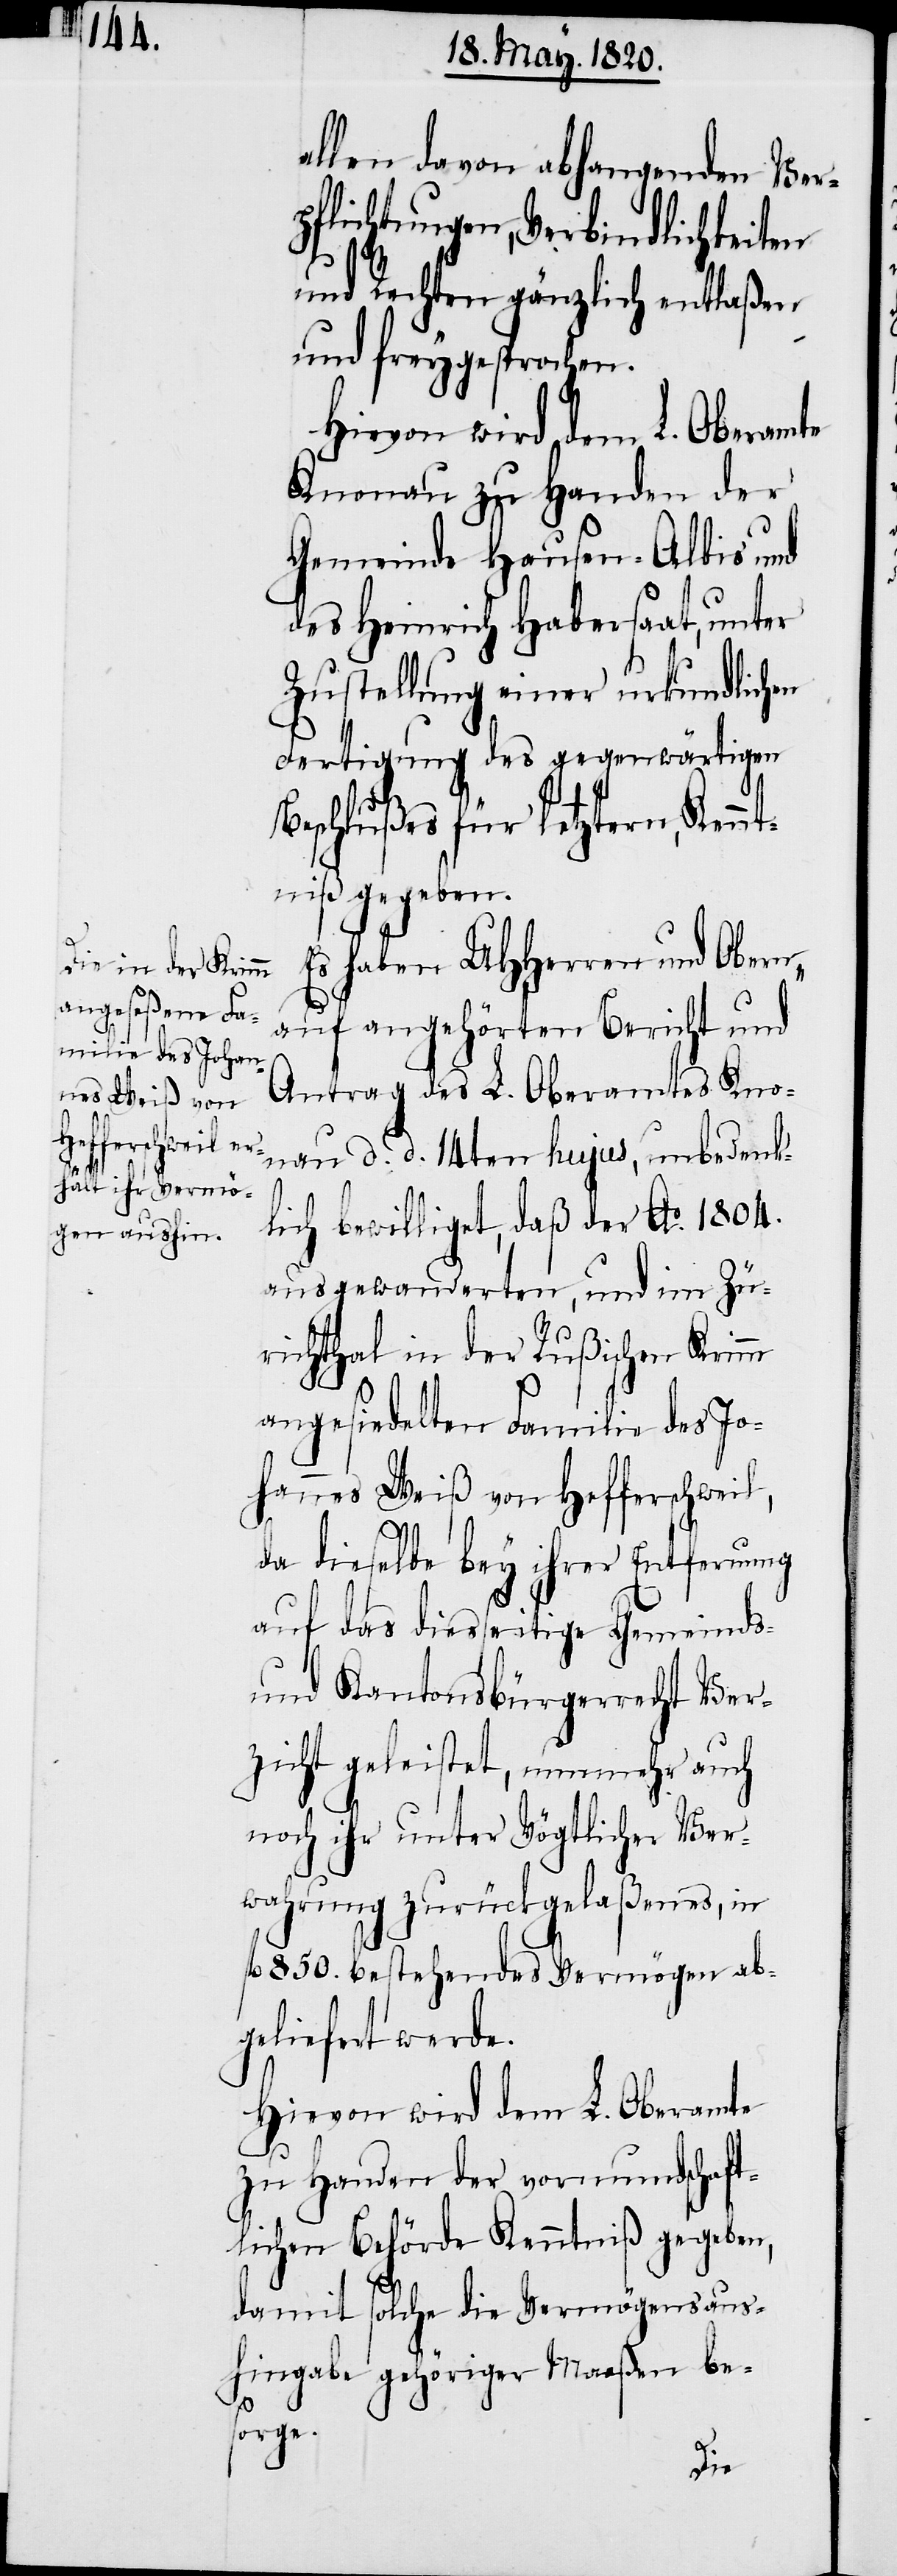
allen davon abhangenden Ver¬
pflichtungen, Verbindlichkeiten
und Rechten gänzlich entlaßen
und freygesprochen.
Hievon wird dem L. Oberamte
Knonau zu Handen der
Gemeinde Hausen-Albis und
des Heinrich Habersaat, unter
Zustellung einer urkundlichen
Fertigung des gegenwärtigen
Beschlußes für letztern, Kenn¬
tniβ gegeben.
Es haben UHHerren und Obern,
auf angehörten Bericht und
Antrag des L. Oberamtes Kno¬
nau d. d. 14ten hujus, unbedenk¬
lich bewilliget, daß der Ao. 1804.
ausgewanderten, und im Zü¬
richthal in der Rußischen Krimm
angesiedelten Familie des Jo¬
hannes Weiß von Hefferschweil,
da dieselbe bey ihrer Entfernung
auf das diesseitige Gemeinds-
und Kantonsbürgerrecht Ver¬
zicht geleistet, nunmehr auch
noch ihr unter Vögtlicher Ver¬
wahrung zurückgelaßenes, in
fl. 850. bestehendes Vermögen ab¬
geliefert werde.
Hievon wird dem L. Oberamte
zu Handen der vormundschaft¬
lichen Behörde Kenntniβ gegeben,
damit solche die Vermögensaus¬
hingabe gehöriger Maaßen be¬
sorge.